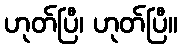
ဟုတ်ပြီ၊ ဟုတ်ပြီ။